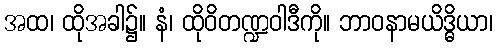
အထ၊ ထိုအခါ၌။ နံ၊ ထိုဝိတဏ္ဍဝါဒီကို။ ဘာဝနာမယိဒ္ဓိယာ၊